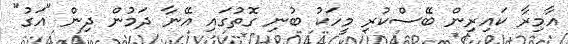
އާމިރާ ކައިރިން ބޭސްކުރި މީހަކު ބުނި ގޮތުގައި އޭނާ ދަމުން ދިން "އަގު"